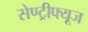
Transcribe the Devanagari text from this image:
सेण्ट्रीफ्यूज